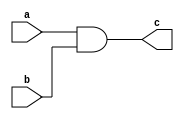
// This program was cloned from: https://github.com/tangxifan/micro_benchmark
// License: MIT License

/////////////////////////////////////////
//  Functionality: 2-input AND 
////////////////////////////////////////
`timescale 1ns / 1ps

module and2(
  a,
  b,
  c);

input wire a;
input wire b;
output wire c;

assign c = a & b;

endmodule